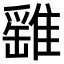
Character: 𩀘